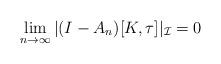
LaTeX: \begin{align*}\lim_{n \to \infty} |(I-A_n)[K,\tau]|_{\mathcal I} = 0\end{align*}